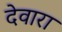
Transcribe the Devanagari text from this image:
देवारा